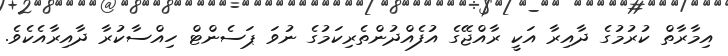
އިމާރާތް ކުރުމުގެ ދާއިރާ އަކީ ރާއްޖޭގެ އުފެއްދުންތެރިކަމުގެ ނުވަ ޕަސެންޓް ހިއްސާކުރާ ދާއިރާއެކެވެ.